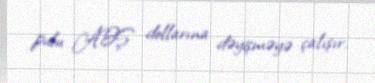
pulu ABŞ dollarına dəyişməyə çalışır.